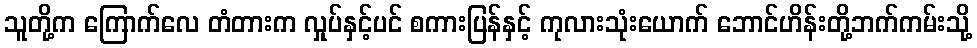
သူတို့က ကြောက်လေ တံတားက လှုပ်နှင့်ပင် စကားပြန်နှင့် ကုလားသုံးယောက် ဘောင်ဟိန်းတို့ဘက်ကမ်းသို့